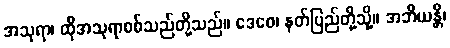
အသုရာ၊ ထိုအသုရာစစ်သည်တို့သည်။ ဒေဝေ၊ နတ်ပြည်တို့သို့။ အဘိယန္တိ၊